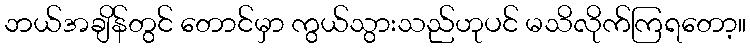
ဘယ်အချိန်တွင် တောင်မှာ ကွယ်သွားသည်ဟုပင် မသိလိုက်ကြရတော့။